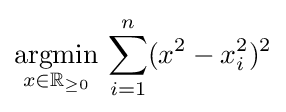
{\underset {x\in \mathbb {R} _{\geq 0}}{\operatorname {argmin} }}\,\sum _{i=1}^{n}(x^{2}-x_{i}^{2})^{2}